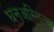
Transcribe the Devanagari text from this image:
घनअस्तित्व